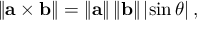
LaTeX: \left\| \mathbf { a } \times \mathbf { b } \right\| = \left\| \mathbf { a } \right\| \left\| \mathbf { b } \right\| \left| \sin \theta \right| ,